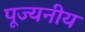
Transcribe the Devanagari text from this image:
पूज्‍यनीय